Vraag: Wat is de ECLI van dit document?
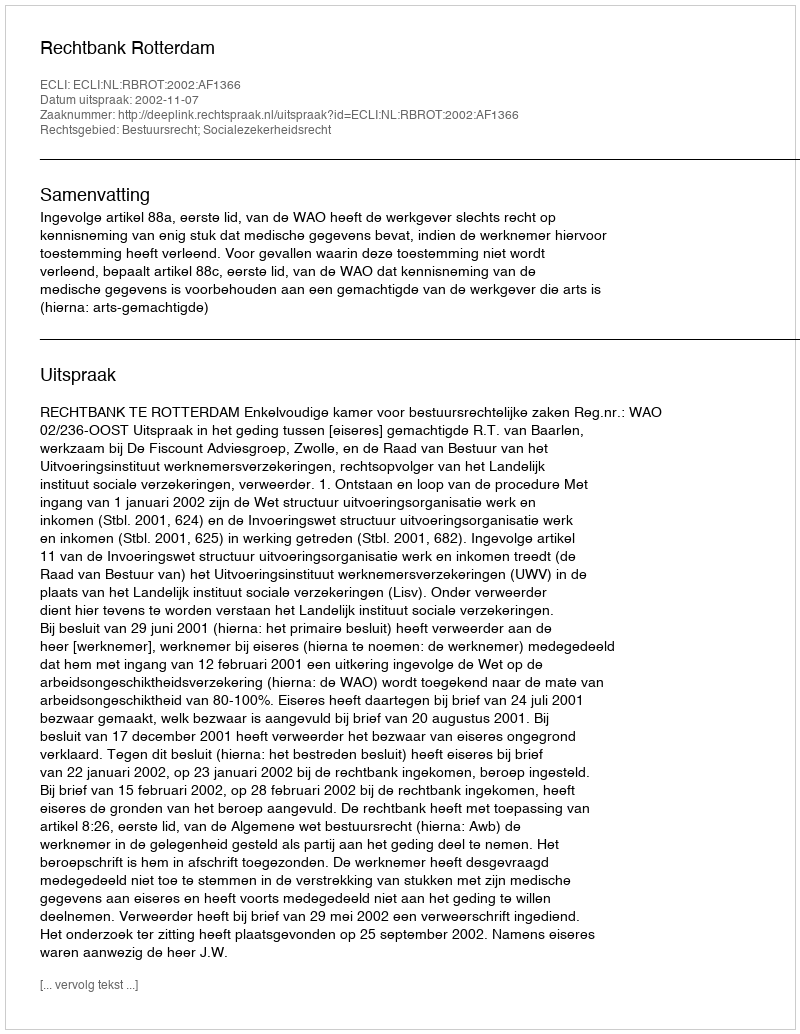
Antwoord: ECLI:NL:RBROT:2002:AF1366